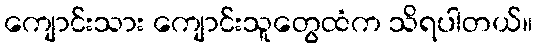
ကျောင်းသား ကျောင်းသူတွေထံက သိရပါတယ်။